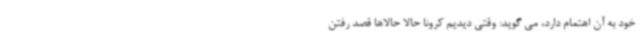
خود به آن اهتمام دارد، می گوید: وقتی دیدیم کرونا حالا حالاها قصد رفتن